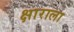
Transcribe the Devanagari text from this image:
क्षाराला